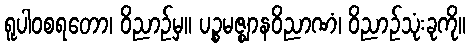
ရူပါဝစရတော၊ ဝိညာဉ်မှ။ ပဉ္စမဇ္ဈာနဝိညာဏံ၊ ဝိညာဉ်သုံးခုကို။